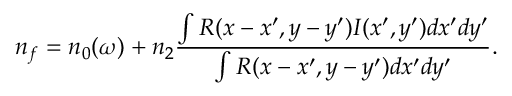
n _ { f } = n _ { 0 } ( \omega ) + n _ { 2 } \frac { \int R ( x - x ^ { \prime } , y - y ^ { \prime } ) I ( x ^ { \prime } , y ^ { \prime } ) d x ^ { \prime } d y ^ { \prime } } { \int R ( x - x ^ { \prime } , y - y ^ { \prime } ) d x ^ { \prime } d y ^ { \prime } } .